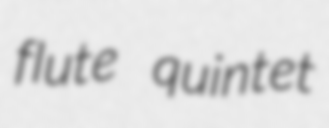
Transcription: flute quintet